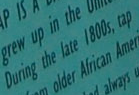
During the late 1800s, tap